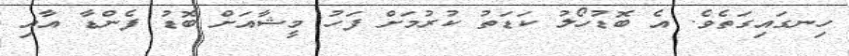
ހިނގައިގަތެވެ. އެ ބޮޑުހޯލު ކަޑަތު ކުރުމަށް ފަހު މީޝާއަށް ބޮޑު ފެންޑާ އާއި